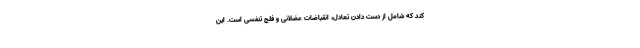
کند که شامل از دست دادن تعادل، انقباضات عضلانی و فلج تنفسی است. این